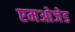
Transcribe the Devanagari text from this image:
एमओजेड